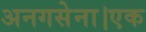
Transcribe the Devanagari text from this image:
अनगसेना।एक